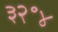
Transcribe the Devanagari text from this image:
३२॰४